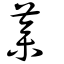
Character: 蔘